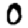
Digit: 0